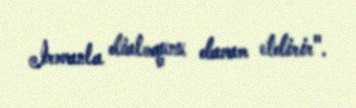
İrəvanla dialoqunu davam etdirir".